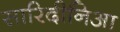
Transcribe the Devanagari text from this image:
सारिदीनिआ